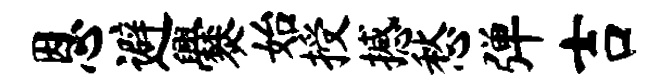
恩避爨始授撼愁弹吉